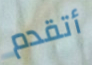
أتقدم